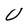
Character: U